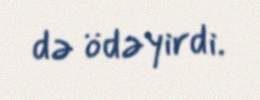
də ödəyirdi.